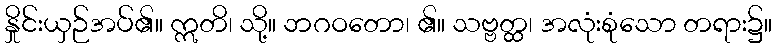
နှိုင်းယှဉ်အပ်၏။ ဣတိ၊ သို့။ ဘဂဝတော၊ ၏။ သဗ္ဗတ္ထ၊ အလုံးစုံသော တရား၌။